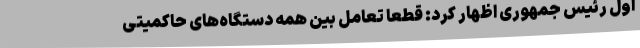
اول رئیس جمهوری اظهار کرد: قطعا تعامل بین همه دستگاه‌های حاکمیتی